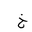
Letter: _kha